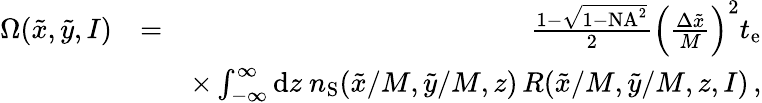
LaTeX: \begin{array}{rlr}{\Omega(\tilde{x},\tilde{y},I)}&{=}&{\frac{1-\sqrt{1-\mathrm{NA}^{2}}}{2}\left(\frac{\Delta\tilde{x}}{M}\right)^{2}t_{\mathrm{e}}}\\ &{}&{\times\int_{-\infty}^{\infty}\mathrm{d}z\ n_{\mathrm{S}}(\tilde{x}/M,\tilde{y}/M,z)\, R(\tilde{x}/M,\tilde{y}/M,z,I)\, ,}\end{array}